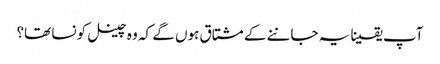
آپ یقینا یہ جاننے کے مشتاق ہوں گے کہ وہ چینل کونسا تھا؟